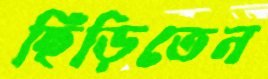
ছিঁড়িতেন